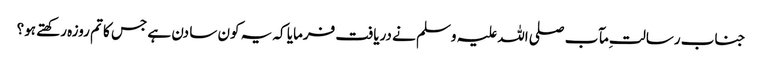
جناب رسالت ِمآب صلی اللہ علیہ وسلم نے دریافت فرمایا کہ یہ کون سا دن ہے جس کا تم روزہ رکھتے ہو؟